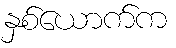
နှစ်ယောက်က